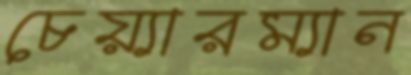
চেয়্যারম্যান